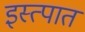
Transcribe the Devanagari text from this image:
इस्त्पात